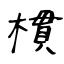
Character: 樌